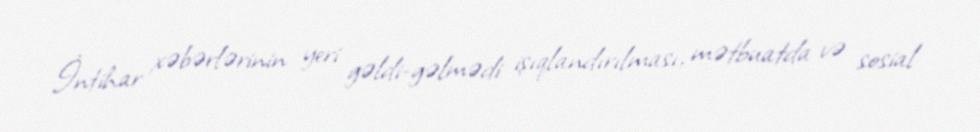
İntihar xəbərlərinin yeri gəldi-gəlmədi işıqlandırılması, mətbuatda və sosial